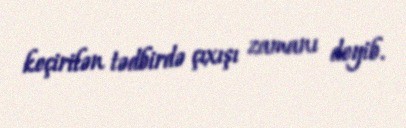
keçirilən tədbirdə çıxışı zamanı deyib.